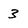
Character: 3